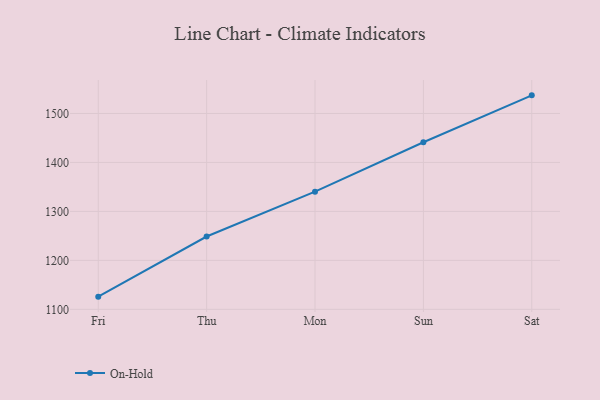
{"axis": {"x": "Day", "y": "Website Visitors"}, "legend": ["On-Hold"], "data": [{"x": "Fri", "y": 1125.9, "type": "On-Hold"}, {"x": "Thu", "y": 1248.7, "type": "On-Hold"}, {"x": "Mon", "y": 1340.3, "type": "On-Hold"}, {"x": "Sun", "y": 1441.2, "type": "On-Hold"}, {"x": "Sat", "y": 1537.0, "type": "On-Hold"}]}